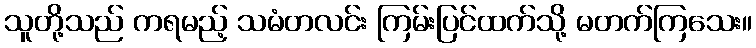
သူတို့သည် ကရမည့် သမံတလင်း ကြမ်းပြင်ထက်သို့ မတက်ကြသေး။